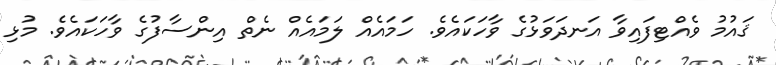
ޤައުމު ވެއްޓިފައިވާ އަނދަވަޅުގެ ވާހަކައެވެ. ހަމައެއް ލަމައެއް ނެތް އިންސާފުގެ ވާހަކައެވެ. މުޅި